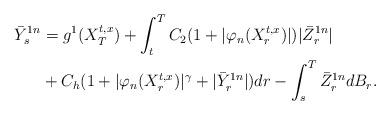
LaTeX: \begin{align*}\bar {Y}_s^{1n}&=g^1(X_T^{t,x})+\int_t^T C_2(1+|\varphi_n (X_r^{t,x})|)|\bar Z_r^{1n}| \\&+C_h(1+|\varphi_n(X_r^{t,x})|^\gamma +|\bar Y_r^{1n}|)dr -\int_s^T \bar Z_r^{1n} dB_r.\end{align*}